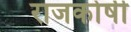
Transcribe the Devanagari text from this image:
राजकोषी